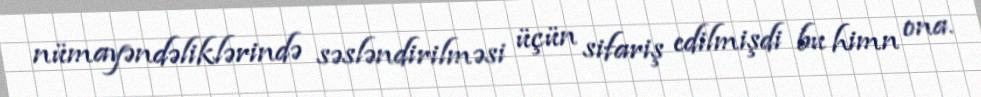
nümayəndəliklərində səsləndirilməsi üçün sifariş edilmişdi bu himn ona.